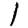
Digit: 1